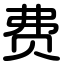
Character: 费